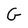
Character: G